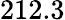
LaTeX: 212.3